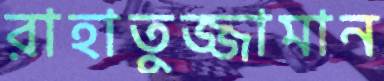
রাহাতুজ্জামান